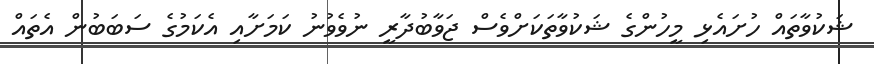
ޝަކުވާތައް ހުށައެޅި މީހުންގެ ޝަކުވާތަކަށްވެސް ޖަވާބުދާރީ ނުވެވުނު ކަމަށާއި އެކަމުގެ ސަބަބުން އެތައް